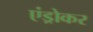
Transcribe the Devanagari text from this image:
एंड्रोकर